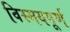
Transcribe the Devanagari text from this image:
विस्मयपूर्ण